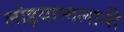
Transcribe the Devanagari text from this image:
लोइयान्गलानी